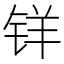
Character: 𰽽